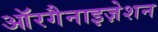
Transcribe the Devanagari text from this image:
ऑरगैनाइज़ेशन